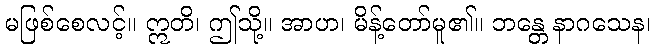
မဖြစ်စေလင့်။ ဣတိ၊ ဤသို့။ အာဟ၊ မိန့်တော်မူ၏။ ဘန္တေ နာဂသေန၊